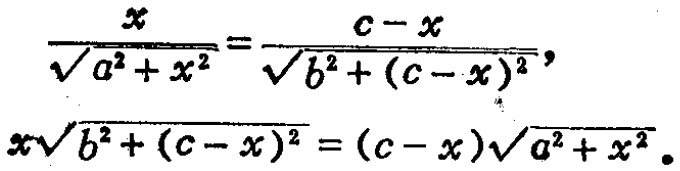
\[\frac{x}{\sqrt{a^{2}+x^{2}}}=\frac{c - x}{\sqrt{b^{2}+(c - x)^{2}}},\]
\[x\sqrt{b^{2}+(c - x)^{2}}=(c - x)\sqrt{a^{2}+x^{2}}.\]